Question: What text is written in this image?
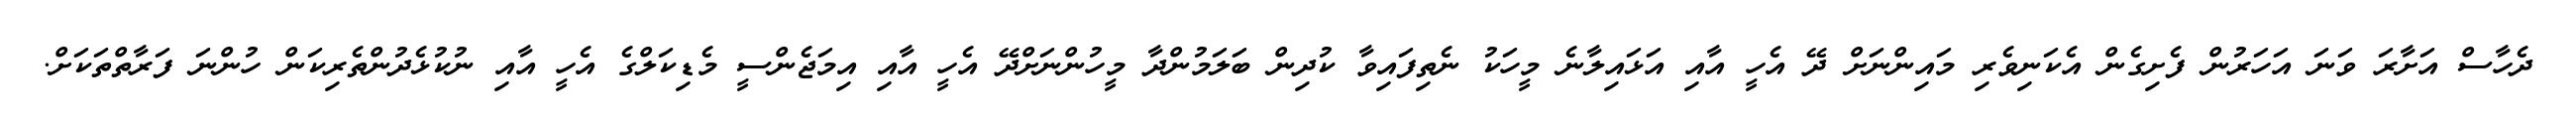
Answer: ދެހާސް އަށާރަ ވަނަ އަހަރުން ފެށިގެން އެކަނިވެރި މައިންނަށް ދޭ އެހީ އާއި އަޅައިލާނެ މީހަކު ނެތިފައިވާ ކުދިން ބަލަމުންދާ މީހުންނަށްދޭ އެހީ އާއި އިމަޖެންސީ މެޑިކަލްގެ އެހީ އާއި ނުކުޅެދުންތެރިކަން ހުންނަ ފަރާތްތަކަށް.